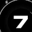
Digit: 7